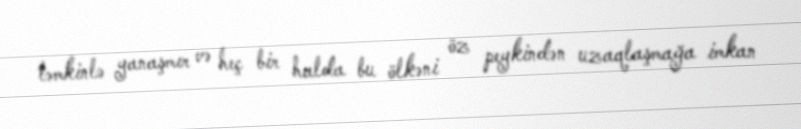
təmkinlə yanaşmır və heç bir halda bu ölkəni öz peykindən uzaqlaşmağa imkan